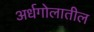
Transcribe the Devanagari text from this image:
अर्धगोलातील